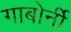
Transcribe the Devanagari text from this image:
गाबोर्नी